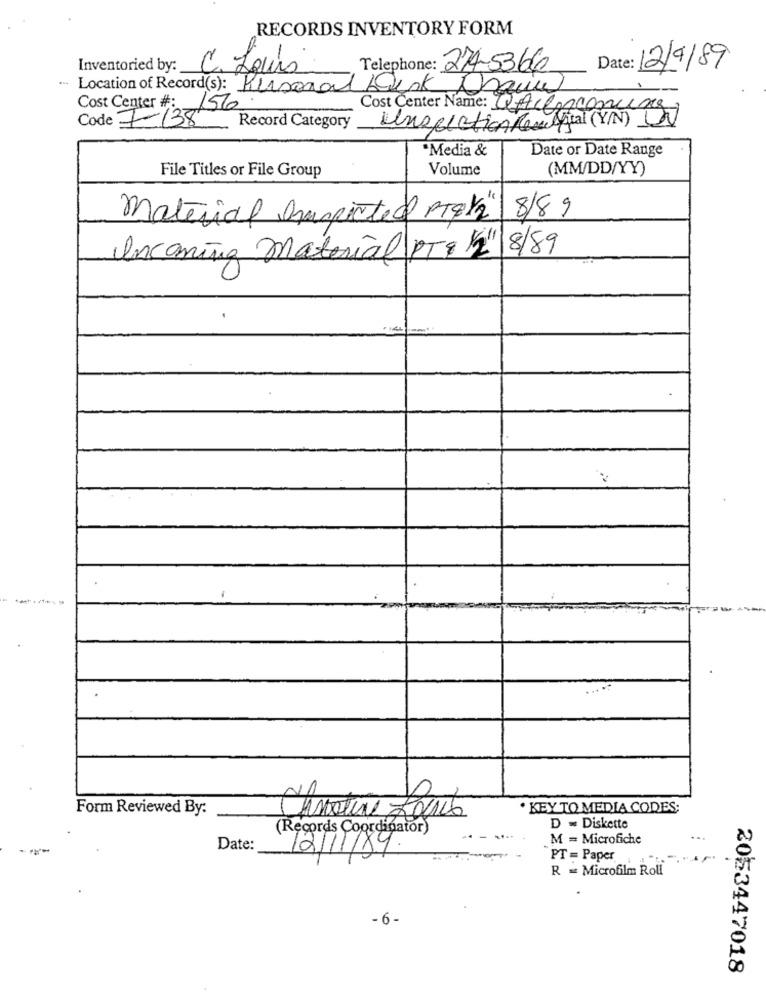
RECORDS INVENTORY FORM
Inventoried by:
C. Louis
Telephone: 274-5366
: 12/9/89
Location of Record(s): Personal Denk Bain
--
Cost Center #: 156
Cost Center Name: LAcencomune
Code 7-138
Record Category
Unsfiction Reu tal (Y/N) 3V
Media &
Date or Date Range
File Titles or File Group
Volume
(MM/DD/YY)
material auspicted PT8 2 8/89
Incoming material PT9 1/2/8/89
Form Reviewed By:
· KEY TO MEDIA CODES;
(Records Coordinator)
D = Diskette
M = Microfiche
-
Date:
12/11/89.
PT = Paper
R = Microfilm Roll
-6-
2053447018